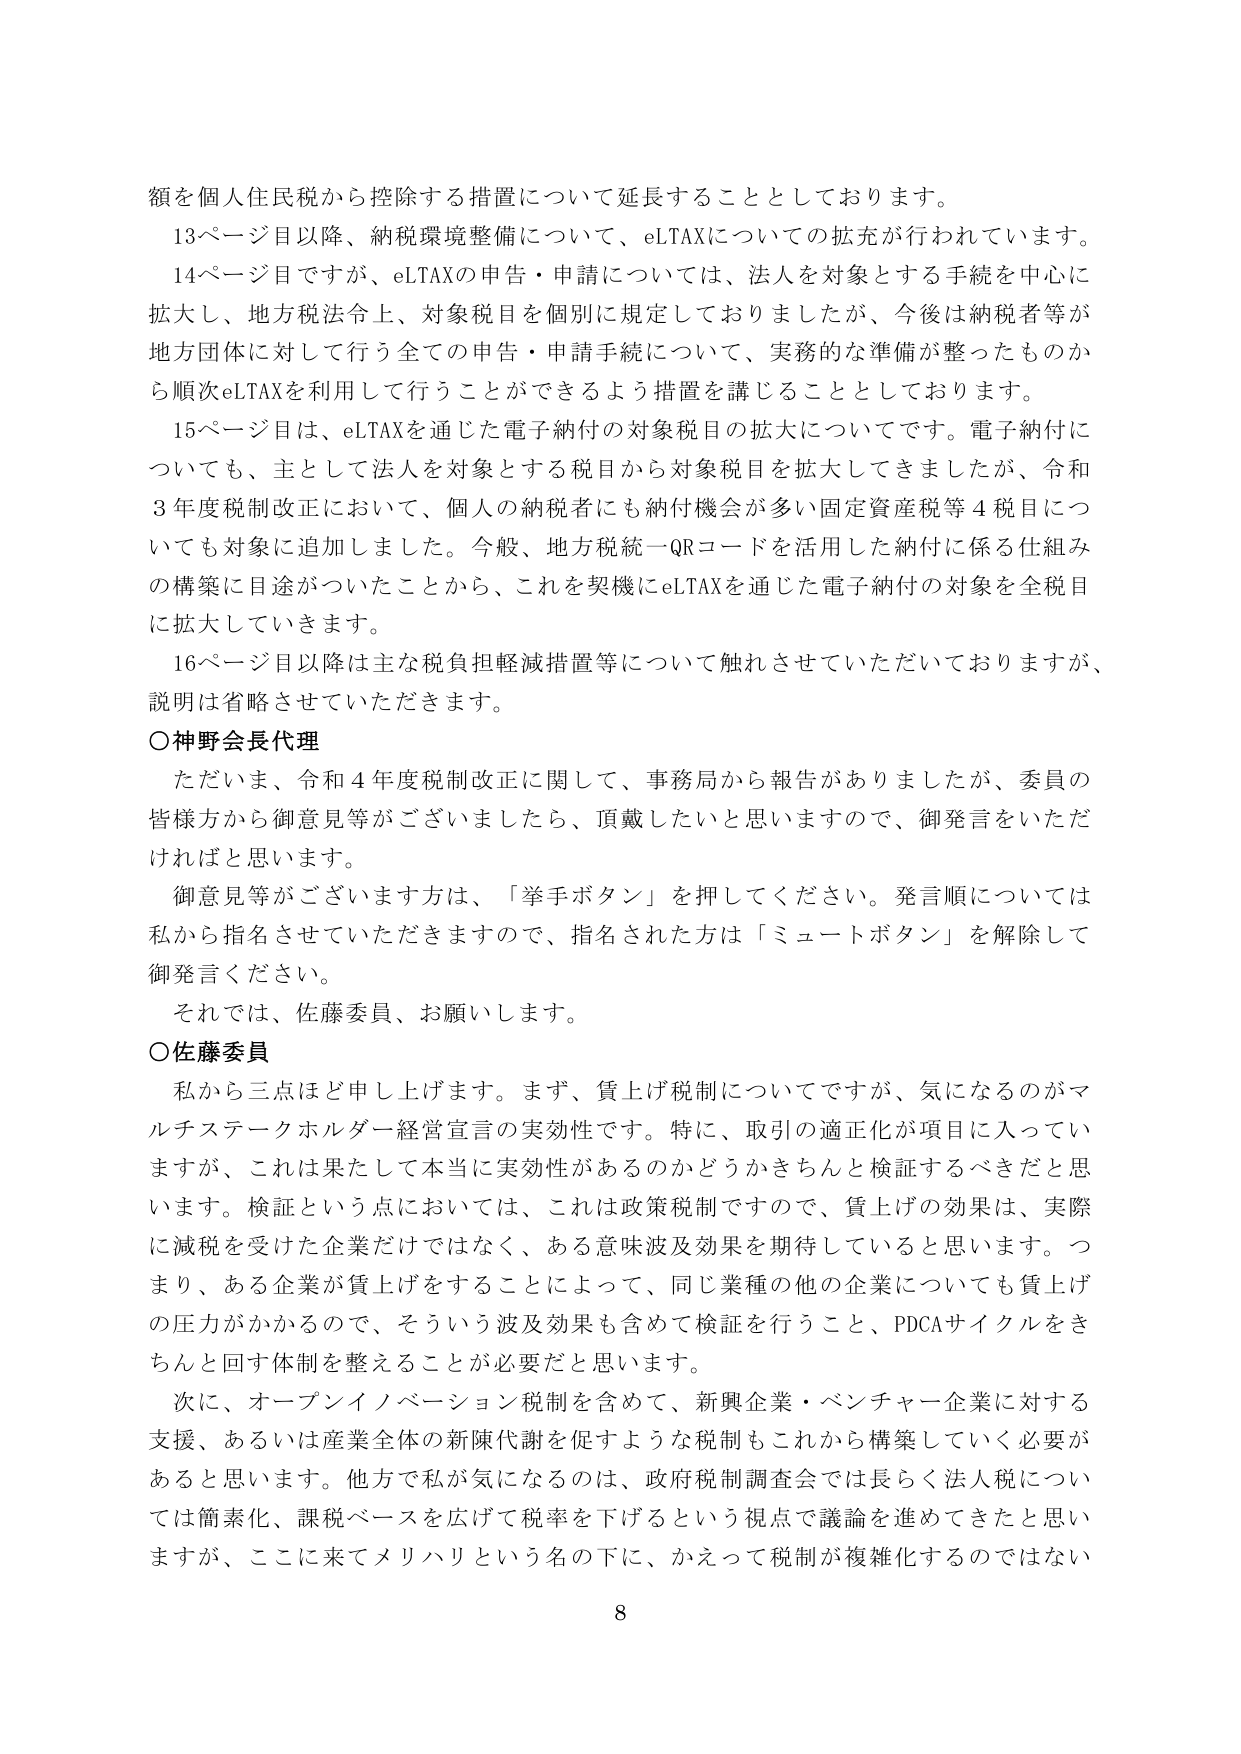
額を個人住民税から控除する措置について延長することとしております。

13ページ目以降、納税環境整備について、eLTAXについての拡充が行われています。

14ページ目ですが、eLTAXの申告・申請については、法人を対象とする手続を中心に拡大し、地方税法令上、対象税目を個別に規定しておりましたが、今後は納税者等が地方団体に対して行う全ての申告・申請手続について、実務的な準備が整ったものから順次eLTAXを利用して行うことができるよう措置を講じることとしております。

15ページ目は、eLTAXを通じた電子納付の対象税目の拡大についてです。電子納付についても、主として法人を対象とする税目から対象税目を拡大してきましたが、令和3年度税制改正において、個人の納税者にも納付機会が多い固定資産税等4税目についても対象に追加しました。今般、地方税統一QRコードを活用した納付に係る仕組みの構築に目途がついたことから、これを契機にeLTAXを通じた電子納付の対象を全税目に拡大していきます。

16ページ目以降は主な税負担軽減措置等について触れさせていただいておりますが、説明は省略させていただきます。

○神野会長代理

ただいま、令和4年度税制改正に関して、事務局から報告がありました。委員の皆様方から御意見等がございましたら、頂戴したいと思いますので、御発言をいただければと思います。

御意見等がございます方は、「挙手ボタン」を押してください。発言順については私から指名させていただきますので、指名された方は「ミュートボタン」を解除して御発言ください。

それでは、佐藤委員、お願いします。

○佐藤委員

私から三点ほど申し上げます。まず、賃上げ税制についてですが、気になるのがマルチステークホルダー経営宣言の実効性です。特に、取引の適正化が項目に入っていきますが、これは果たして本当に実効性があるのかどうかきちんと検証するべきだと思います。検証という点においては、これは政策税制ですので、賃上げの効果は、実際に減税を受けた企業だけではなく、ある意味波及効果を期待していると思います。つまり、ある企業が賃上げをすることによって、同じ業種の他の企業についても賃上げの圧力がかかるので、そういう波及効果も含めて検証を行うこと、PDCAサイクルをきちんと回す体制を整えることが必要だと思います。

次に、オープンイノベーション税制を含めて、新興企業・ベンチャー企業に対する支援、あるいは産業全体の新陳代謝を促すような税制もこれから構築していく必要があると思います。他方で私が気になるのは、政府税制調査会では長らく法人税については簡素化、課税ベースを広げて税率を下げるという視点で議論を進めてきたと思いますが、ここに来てメリハリという名の下に、かえって税制が複雑化するのではない

8